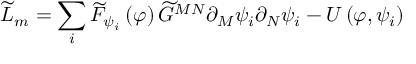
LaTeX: \widetilde { L } _ { m } = \sum _ { i } \widetilde { F } _ { \psi _ { i } } \left( \varphi \right) \widetilde { G } ^ { M N } \partial _ { M } \psi _ { i } \partial _ { N } \psi _ { i } - U \left( \varphi , \psi _ { i } \right)